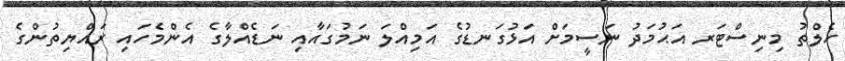
ހެލްތު މިނިސްޓަރ އަޙުމަދު ނަސީމަށް އަޅުގަނޑުގެ އަމިއްލަ ނަމުގައާއި ނަޑެއްލާގެ އެންމެހައި ރައްޔިތުންގެ